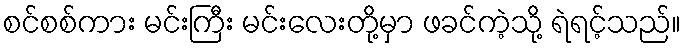
စင်စစ်ကား မင်းကြီး မင်းလေးတို့မှာ ဖခင်ကဲ့သို့ ရဲရင့်သည်။